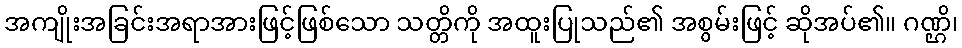
အကျိုးအခြင်းအရာအားဖြင့်ဖြစ်သော သတ္တိကို အထူးပြုသည်၏ အစွမ်းဖြင့် ဆိုအပ်၏။ ဂဏ္ဌိ၊